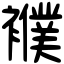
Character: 襥